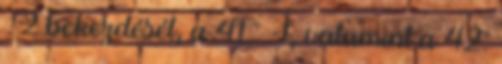
§ 2 bekezdését, a 41. §-t, valamint a 42.